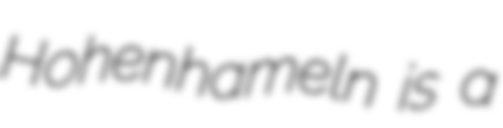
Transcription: Hohenhameln is a